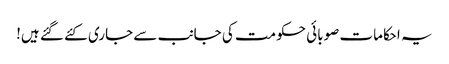
یہ احکامات صوبائی حکومت کی جانب سے جاری کئے گئے ہیں!